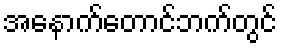
အနောက်တောင်ဘက်တွင်